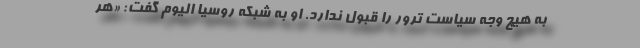
به هیچ وجه سیاست ترور را قبول ندارد. او به شبکه روسیا الیوم گفت: «هر